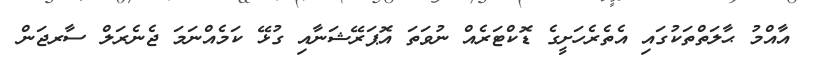
އާއްމު ޙާލަތްތަކުގައި އެތެރެހަށީގެ ޑޮކްޓަރެއް ނުވަތަ އޮޕަރޭޝަނާއި ގުޅޭ ކަމެއްނަމަ ޖެނެރަލް ސާރޖަން